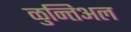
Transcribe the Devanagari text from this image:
ळुन्तिअल